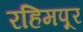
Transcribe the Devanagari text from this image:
रहिमपूर